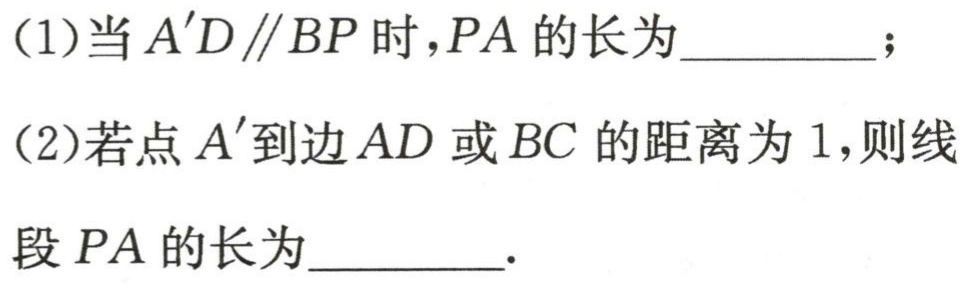
(1)  ；(2)  。